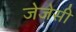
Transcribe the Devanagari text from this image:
जेजेसी